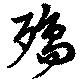
殤